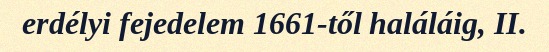
erdélyi fejedelem 1661-től haláláig, II.